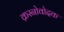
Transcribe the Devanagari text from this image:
क्रस्नोवोदक